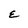
Character: E